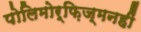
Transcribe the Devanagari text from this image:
पोलिमोर्फ़िज्मनहीं